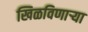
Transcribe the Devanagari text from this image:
खिळविणार्‍या